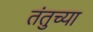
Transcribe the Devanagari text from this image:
तंतुच्या